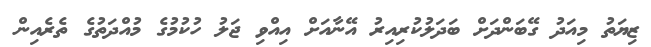
ޒިޔަތު މިއަދު ގޭބަންދަށް ބަދަލުކުރިއިރު އޭނާއަށް އިއްވި ޖަލު ހުކުމުގެ މުއްދަތުގެ ތެރެއިން